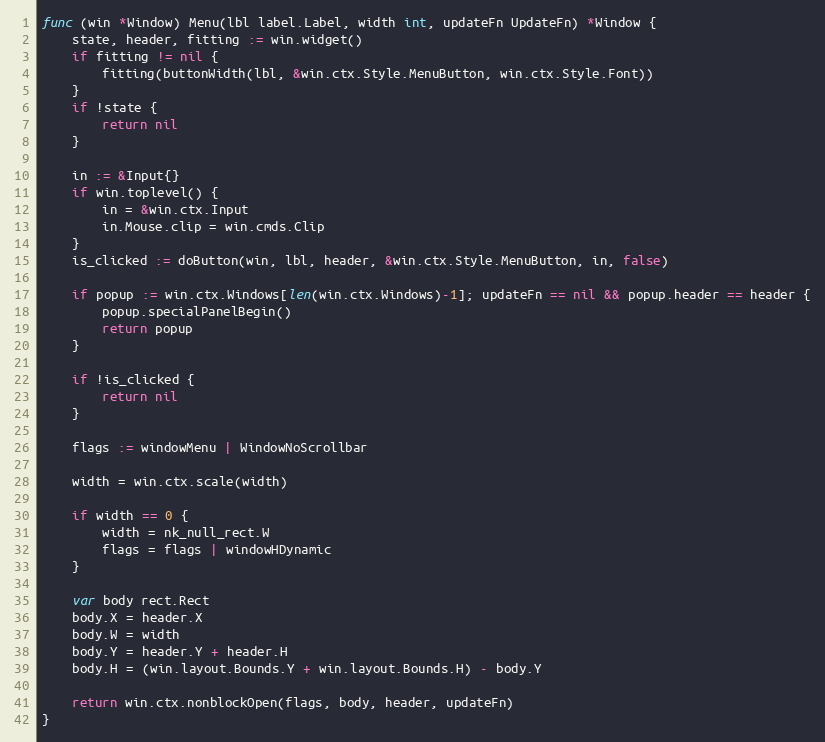
Language: Go
func (win *Window) Menu(lbl label.Label, width int, updateFn UpdateFn) *Window {
	state, header, fitting := win.widget()
	if fitting != nil {
		fitting(buttonWidth(lbl, &win.ctx.Style.MenuButton, win.ctx.Style.Font))
	}
	if !state {
		return nil
	}

	in := &Input{}
	if win.toplevel() {
		in = &win.ctx.Input
		in.Mouse.clip = win.cmds.Clip
	}
	is_clicked := doButton(win, lbl, header, &win.ctx.Style.MenuButton, in, false)

	if popup := win.ctx.Windows[len(win.ctx.Windows)-1]; updateFn == nil && popup.header == header {
		popup.specialPanelBegin()
		return popup
	}

	if !is_clicked {
		return nil
	}

	flags := windowMenu | WindowNoScrollbar

	width = win.ctx.scale(width)

	if width == 0 {
		width = nk_null_rect.W
		flags = flags | windowHDynamic
	}

	var body rect.Rect
	body.X = header.X
	body.W = width
	body.Y = header.Y + header.H
	body.H = (win.layout.Bounds.Y + win.layout.Bounds.H) - body.Y

	return win.ctx.nonblockOpen(flags, body, header, updateFn)
}